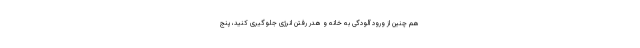
هم چنین از ورود آلودگی به خانه و هدر رفتن انرژی جلوگیری کنید، پنج